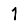
Digit: 1